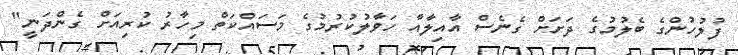
ފުލުހުންގެ ބެލުމުގެ ދަށަށް ގެނެސް އާއިލާއާ ހަވާލުކުރުމުގެ މަސައްކަތް މިހާރު ކުރިއަށް ގެންދަނީ"